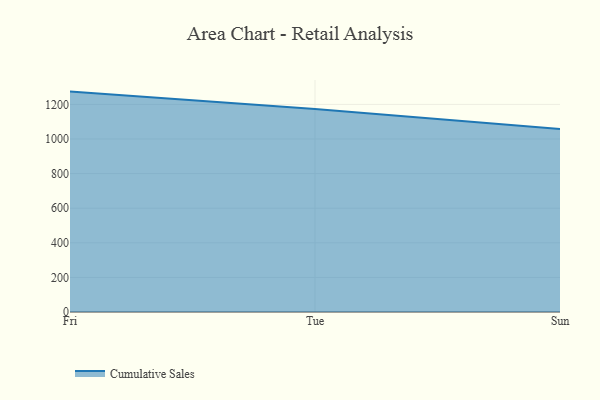
{"axis": {"x": "Day", "y": "Inventory Turnover"}, "legend": ["Cumulative Sales"], "data": [{"x": "Fri", "y": 1274.0, "type": "Cumulative Sales"}, {"x": "Tue", "y": 1172.7, "type": "Cumulative Sales"}, {"x": "Sun", "y": 1057.1, "type": "Cumulative Sales"}]}